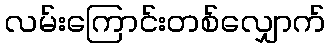
လမ်းကြောင်းတစ်လျှောက်